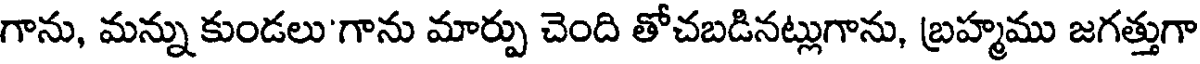
గాను, మన్ను కుండలు'గాను మార్పు చెంది తోచబడినట్లుగాను, బ్రహ్మము జగత్తుగా